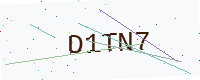
Text: D1TN7